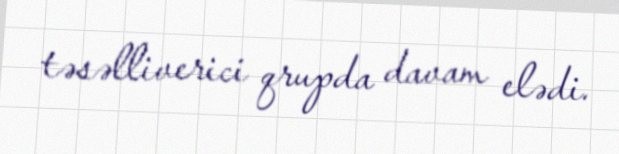
təsəlliverici qrupda davam elədi.